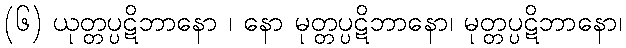
(၆) ယုတ္တပ္ပဋိဘာနော ၊ နော မုတ္တပ္ပဋိဘာနော၊ မုတ္တပ္ပဋိဘာနော၊